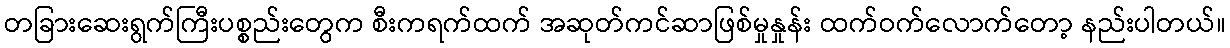
တခြားဆေးရွက်ကြီးပစ္စည်းတွေက စီးကရက်ထက် အဆုတ်ကင်ဆာဖြစ်မှုနှုန်း ထက်ဝက်လောက်တော့ နည်းပါတယ်။